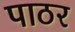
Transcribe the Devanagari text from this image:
पाठर